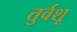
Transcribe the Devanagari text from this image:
तुर्वशू